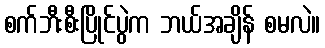
စက်ဘီးစီးပြိုင်ပွဲက ဘယ်အချိန် စမလဲ။